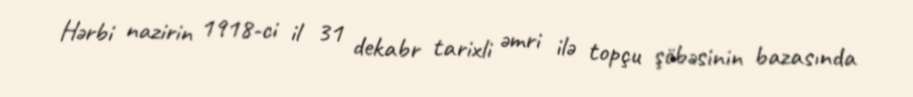
Hərbi nazirin 1918-ci il 31 dekabr tarixli əmri ilə topçu şöbəsinin bazasında